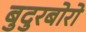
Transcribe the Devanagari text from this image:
बुदुरबोरो